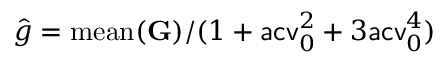
\hat { g } = \mathrm { m e a n } ( \mathbf G ) / ( 1 + \mathsf { a c v } _ { 0 } ^ { 2 } + 3 \mathsf { a c v } _ { 0 } ^ { 4 } )